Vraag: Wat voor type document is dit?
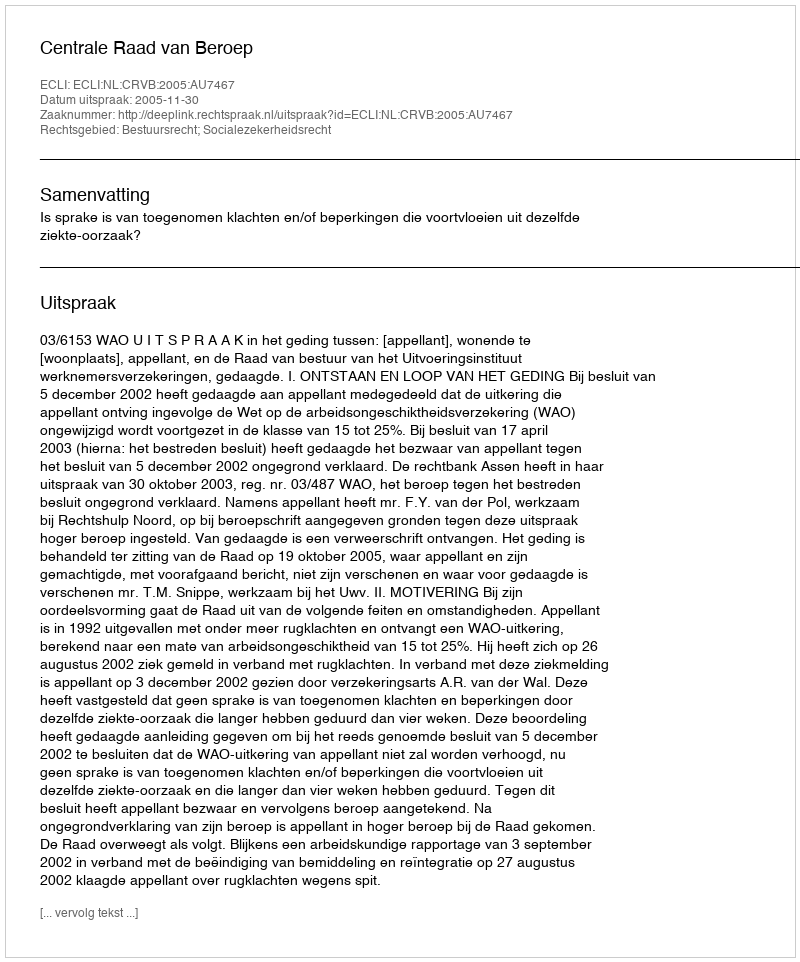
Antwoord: Uitspraak